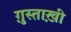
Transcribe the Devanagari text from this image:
ग़ुस्ताख़ी